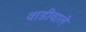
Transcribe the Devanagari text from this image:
वाडीवाले